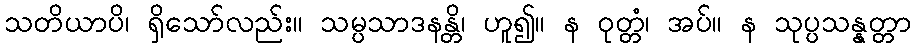
သတိယာပိ၊ ရှိသော်လည်း။ သမ္ပသာဒနန္တိ၊ ဟူ၍။ န ဝုတ္တံ၊ အပ်။ န သုပ္ပသန္နတ္တာ